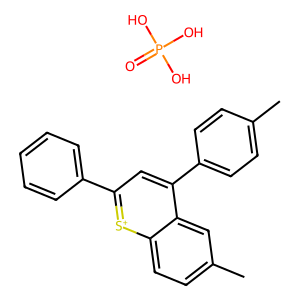
SMILES: Cc1ccc(-c2cc(-c3ccccc3)[s+]c3ccc(C)cc23)cc1.O=P(O)(O)O
Inhibits HIV replication: No